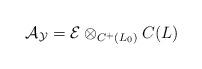
LaTeX: \begin{align*}\mathcal{A}_\mathcal{Y}=\mathcal{E} \otimes_{C^+(L_0)} C(L)\end{align*}